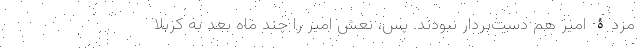
مردۀ امیر هم دست‌بردار نبودند. پس، نعش امیر را چند ماه بعد به کربلا